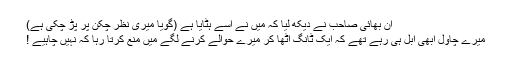
ان بھائی صاحب نے دیکھ لیا کہ میں نے اسے ہٹایا ہے (گویا میری نظر چکن پر پڑ چکی ہے)
میرے چاول ابھی ابل ہی رہے تھے کہ ایک ٹانگ اٹھا کر میرے حوالے کرنے لگے میں منع کرتا رہا کہ نہیں چاہیے !